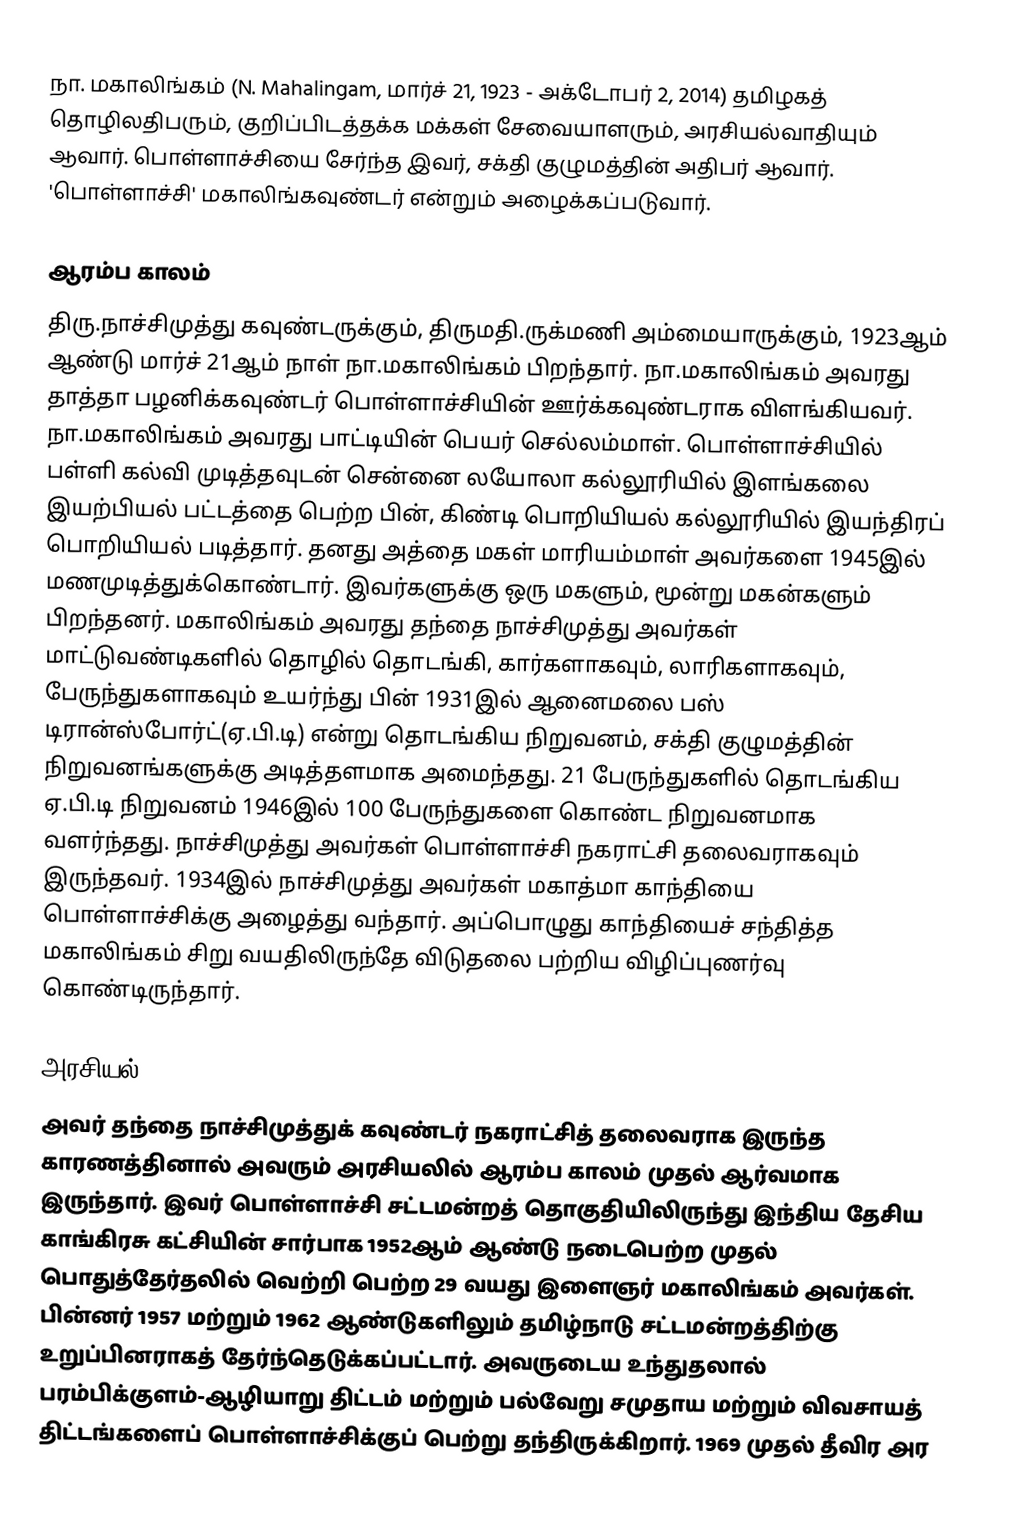
நா. மகாலிங்கம் (N. Mahalingam, மார்ச் 21, 1923 - அக்டோபர் 2, 2014) தமிழகத் தொழிலதிபரும், குறிப்பிடத்தக்க மக்கள் சேவையாளரும், அரசியல்வாதியும் ஆவார். பொள்ளாச்சியை சேர்ந்த இவர், சக்தி குழுமத்தின் அதிபர் ஆவார். 'பொள்ளாச்சி' மகாலிங்கவுண்டர் என்றும் அழைக்கப்படுவார்.

ஆரம்ப காலம்
திரு.நாச்சிமுத்து கவுண்டருக்கும், திருமதி.ருக்மணி அம்மையாருக்கும், 1923ஆம் ஆண்டு மார்ச் 21ஆம் நாள் நா.மகாலிங்கம் பிறந்தார். நா.மகாலிங்கம் அவரது தாத்தா பழனிக்கவுண்டர் பொள்ளாச்சியின் ஊர்க்கவுண்டராக விளங்கியவர். நா.மகாலிங்கம் அவரது பாட்டியின் பெயர் செல்லம்மாள்.  பொள்ளாச்சியில் பள்ளி கல்வி முடித்தவுடன் சென்னை லயோலா கல்லூரியில்  இளங்கலை இயற்பியல் பட்டத்தை பெற்ற பின், கிண்டி பொறியியல் கல்லூரியில் இயந்திரப் பொறியியல் படித்தார். தனது அத்தை மகள் மாரியம்மாள் அவர்களை 1945இல் மணமுடித்துக்கொண்டார். இவர்களுக்கு ஒரு மகளும், மூன்று மகன்களும் பிறந்தனர். மகாலிங்கம் அவரது தந்தை நாச்சிமுத்து அவர்கள் மாட்டுவண்டிகளில் தொழில் தொடங்கி, கார்களாகவும், லாரிகளாகவும், பேருந்துகளாகவும் உயர்ந்து பின் 1931இல் ஆனைமலை பஸ் டிரான்ஸ்போர்ட்(ஏ.பி.டி) என்று தொடங்கிய நிறுவனம், சக்தி குழுமத்தின் நிறுவனங்களுக்கு அடித்தளமாக அமைந்தது. 21 பேருந்துகளில் தொடங்கிய ஏ.பி.டி நிறுவனம் 1946இல் 100 பேருந்துகளை கொண்ட நிறுவனமாக வளர்ந்தது. நாச்சிமுத்து அவர்கள் பொள்ளாச்சி நகராட்சி தலைவராகவும் இருந்தவர். 1934இல் நாச்சிமுத்து அவர்கள் மகாத்மா காந்தியை பொள்ளாச்சிக்கு அழைத்து வந்தார். அப்பொழுது காந்தியைச் சந்தித்த மகாலிங்கம் சிறு வயதிலிருந்தே விடுதலை பற்றிய விழிப்புணர்வு கொண்டிருந்தார்.

அரசியல்
அவர் தந்தை நாச்சிமுத்துக் கவுண்டர் நகராட்சித் தலைவராக இருந்த காரணத்தினால் அவரும் அரசியலில் ஆரம்ப காலம் முதல் ஆர்வமாக இருந்தார். இவர் பொள்ளாச்சி சட்டமன்றத் தொகுதியிலிருந்து இந்திய தேசிய காங்கிரசு கட்சியின் சார்பாக 1952ஆம் ஆண்டு நடைபெற்ற முதல் பொதுத்தேர்தலில் வெற்றி பெற்ற 29 வயது இளைஞர் மகாலிங்கம் அவர்கள். பின்னர் 1957 மற்றும் 1962 ஆண்டுகளிலும்  தமிழ்நாடு சட்டமன்றத்திற்கு உறுப்பினராகத் தேர்ந்தெடுக்கப்பட்டார். அவருடைய உந்துதலால் பரம்பிக்குளம்-ஆழியாறு திட்டம் மற்றும் பல்வேறு சமுதாய மற்றும் விவசாயத் திட்டங்களைப் பொள்ளாச்சிக்குப் பெற்று தந்திருக்கிறார். 1969 முதல் தீவிர அர